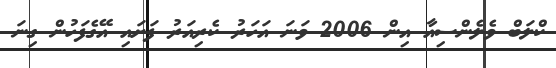
ކްލަބް ވެލެންސިއާ އިން 2006 ވަނަ އަހަރު ކެރިއަރު ފަށައި އޭގެފަހުން ގިނަ